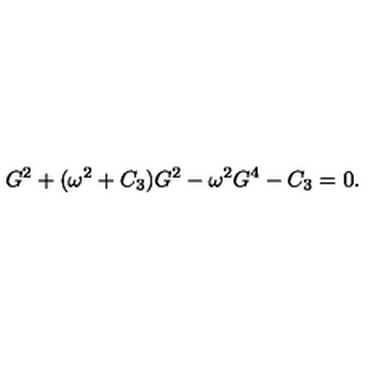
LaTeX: G ^ { 2 } + ( \omega ^ { 2 } + C _ { 3 } ) G ^ { 2 } - \omega ^ { 2 } G ^ { 4 } - C _ { 3 } = 0 .